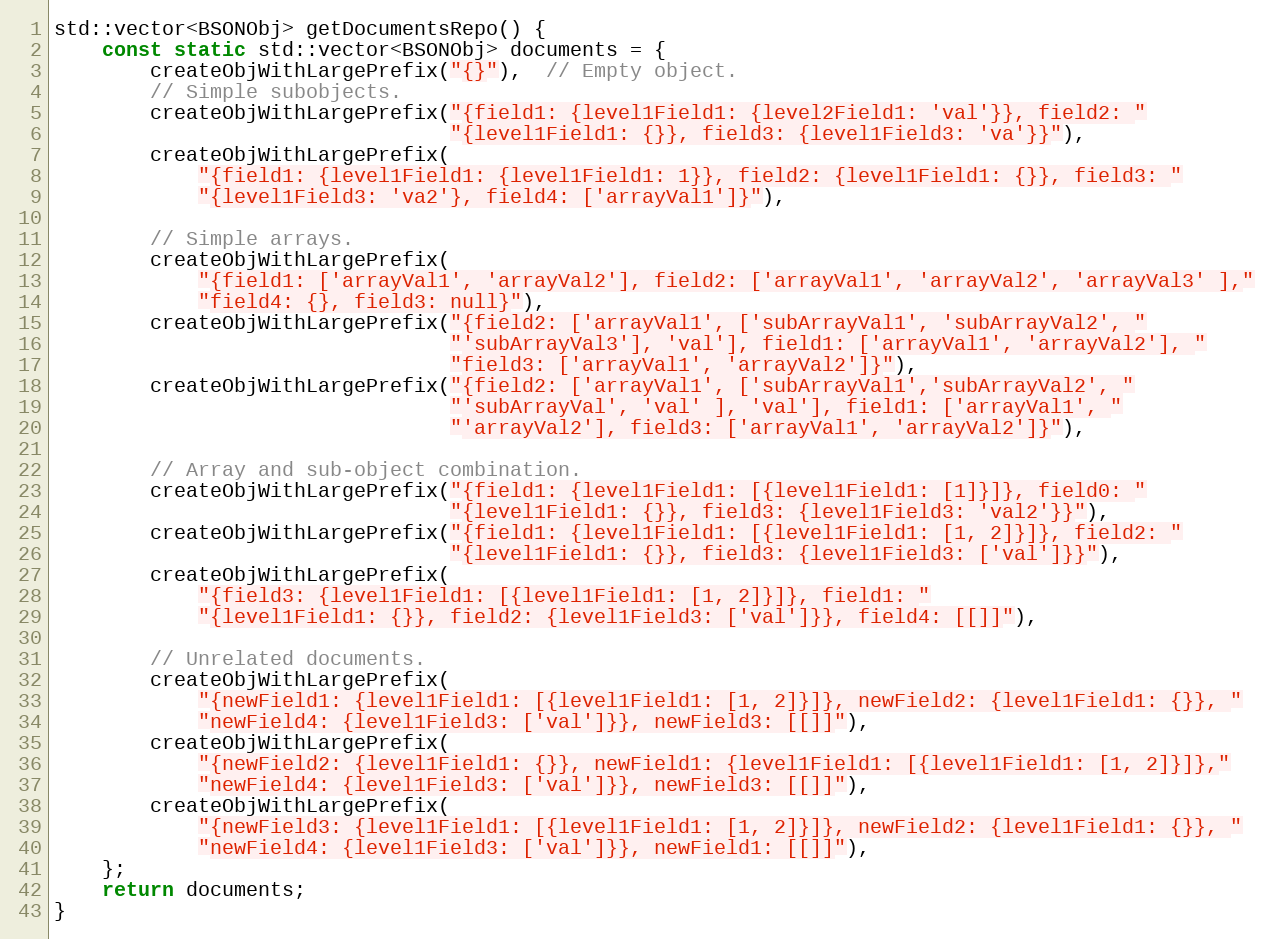
Language: C++
std::vector<BSONObj> getDocumentsRepo() {
    const static std::vector<BSONObj> documents = {
        createObjWithLargePrefix("{}"),  // Empty object.
        // Simple subobjects.
        createObjWithLargePrefix("{field1: {level1Field1: {level2Field1: 'val'}}, field2: "
                                 "{level1Field1: {}}, field3: {level1Field3: 'va'}}"),
        createObjWithLargePrefix(
            "{field1: {level1Field1: {level1Field1: 1}}, field2: {level1Field1: {}}, field3: "
            "{level1Field3: 'va2'}, field4: ['arrayVal1']}"),

        // Simple arrays.
        createObjWithLargePrefix(
            "{field1: ['arrayVal1', 'arrayVal2'], field2: ['arrayVal1', 'arrayVal2', 'arrayVal3' ],"
            "field4: {}, field3: null}"),
        createObjWithLargePrefix("{field2: ['arrayVal1', ['subArrayVal1', 'subArrayVal2', "
                                 "'subArrayVal3'], 'val'], field1: ['arrayVal1', 'arrayVal2'], "
                                 "field3: ['arrayVal1', 'arrayVal2']}"),
        createObjWithLargePrefix("{field2: ['arrayVal1', ['subArrayVal1','subArrayVal2', "
                                 "'subArrayVal', 'val' ], 'val'], field1: ['arrayVal1', "
                                 "'arrayVal2'], field3: ['arrayVal1', 'arrayVal2']}"),

        // Array and sub-object combination.
        createObjWithLargePrefix("{field1: {level1Field1: [{level1Field1: [1]}]}, field0: "
                                 "{level1Field1: {}}, field3: {level1Field3: 'val2'}}"),
        createObjWithLargePrefix("{field1: {level1Field1: [{level1Field1: [1, 2]}]}, field2: "
                                 "{level1Field1: {}}, field3: {level1Field3: ['val']}}"),
        createObjWithLargePrefix(
            "{field3: {level1Field1: [{level1Field1: [1, 2]}]}, field1: "
            "{level1Field1: {}}, field2: {level1Field3: ['val']}}, field4: [[]]"),

        // Unrelated documents.
        createObjWithLargePrefix(
            "{newField1: {level1Field1: [{level1Field1: [1, 2]}]}, newField2: {level1Field1: {}}, "
            "newField4: {level1Field3: ['val']}}, newField3: [[]]"),
        createObjWithLargePrefix(
            "{newField2: {level1Field1: {}}, newField1: {level1Field1: [{level1Field1: [1, 2]}]},"
            "newField4: {level1Field3: ['val']}}, newField3: [[]]"),
        createObjWithLargePrefix(
            "{newField3: {level1Field1: [{level1Field1: [1, 2]}]}, newField2: {level1Field1: {}}, "
            "newField4: {level1Field3: ['val']}}, newField1: [[]]"),
    };
    return documents;
}